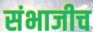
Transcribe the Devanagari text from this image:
संभाजीच